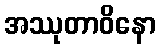
အဿုတာဝိနော